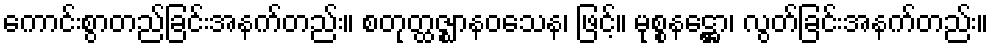
ကောင်းစွာတည်ခြင်းအနက်တည်း။ စတုတ္ထဇ္ဈာနဝသေန၊ ဖြင့်။ မုစ္စနဋ္ဌော၊ လွတ်ခြင်းအနက်တည်း။